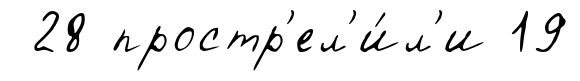
28 простр'ел'и́л'и 19